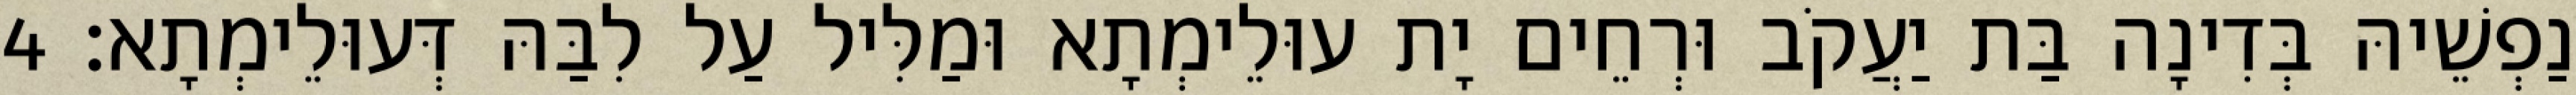
נַפְשֵׁיהּ בְּדִינָה בַּת יַעֲקֹב וּרְחֵים יָת עוּלֵימְתָא וּמַלִּיל עַל לִבַּהּ דְּעוּלֵימְתָא׃ 4